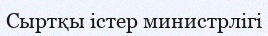
Сыртқы істер министрлігі